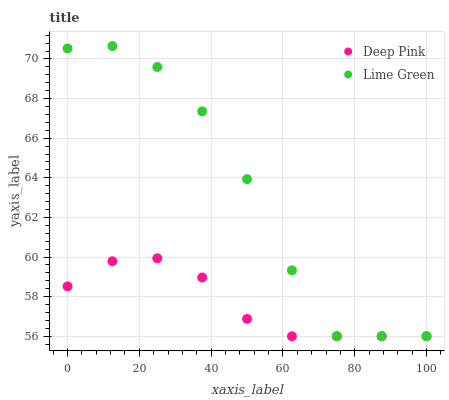
| xaxis_label | Deep Pink | Lime Green |
 | --- | --- | --- |
 | 0 | 58.5 | 70.5 |
 | 12.5 | 59.8 | 70.7 |
 | 25 | 59.9 | 69.6 |
 | 37.5 | 59 | 67.4 |
 | 50 | 56.9 | 63.9 |
 | 62.5 | 56 | 59.3 |
 | 75 | 56 | 56 |
 | 87.5 | 56 | 56 |
 | 100 | 56 | 56 |